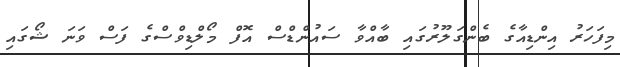
މިފަހަރު އިންޑިއާގެ ބެންގަލޫރުގައި ބާއްވާ ސައުންޑްސް އޮފް މޯލްޑިވްސްގެ ފަސް ވަނަ ޝޯގައި